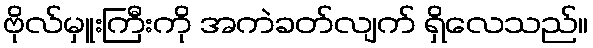
ဗိုလ်မှူးကြီးကို အကဲခတ်လျက် ရှိလေသည်။